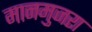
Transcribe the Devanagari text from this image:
मानमुजरा